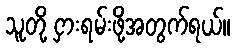
သူတို့ ငှားရမ်းဖို့အတွက်ရယ်။